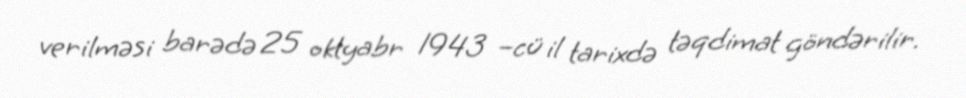
verilməsi barədə 25 oktyabr 1943 –cü il tarixdə təqdimat göndərilir.